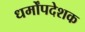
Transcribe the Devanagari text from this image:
धर्मोंपदेशक